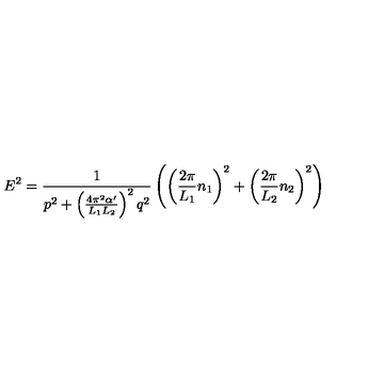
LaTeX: E ^ { 2 } = \frac { 1 } { p ^ { 2 } + \left( \frac { 4 \pi ^ { 2 } \alpha ^ { \prime } } { L _ { 1 } L _ { 2 } } \right) ^ { 2 } q ^ { 2 } } \left( \left( \frac { 2 \pi } { L _ { 1 } } n _ { 1 } \right) ^ { 2 } + \left( \frac { 2 \pi } { L _ { 2 } } n _ { 2 } \right) ^ { 2 } \right)